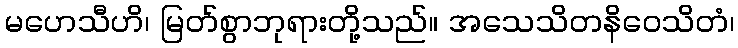
မဟေသီဟိ၊ မြတ်စွာဘုရားတို့သည်။ အသေသိတနိဝေသိတံ၊